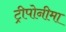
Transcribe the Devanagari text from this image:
ट्रीपोनीमा